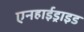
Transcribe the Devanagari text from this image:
एनहाईड्राइड